Plague in India, 1896, 1897 - Volume 3
Year: 1896
Disease focus: Plague
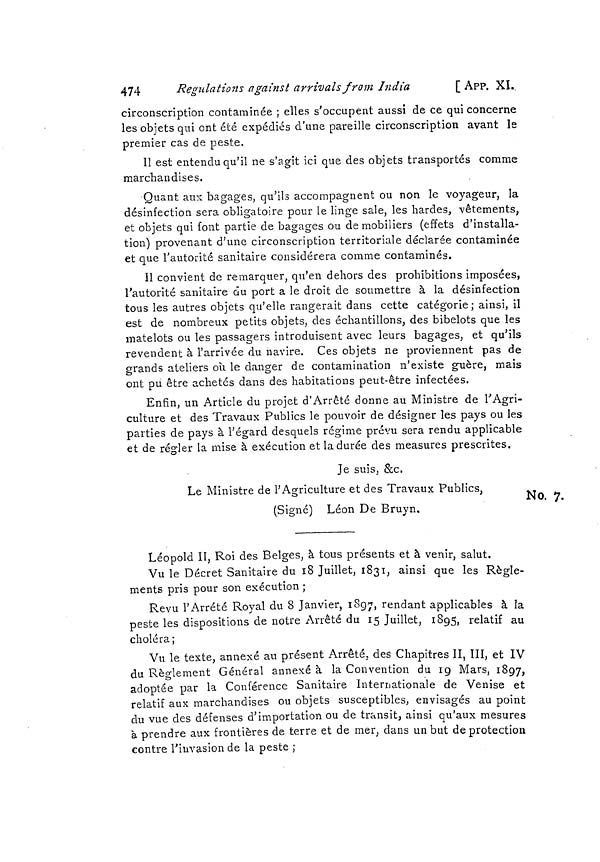
474
Regulations against arrivals from India
[ APP. XI.
circonscription contaminée ; elles s'occupent aussi de ce qui concerne
les objets qui ont été expédiés d'une pareille circonscription avant le
premier cas de peste.
Il est entendu qu'il ne s'agit ici que des objets transportés comme
marchandises.
Quant aux bagages, qu'ils accompagnent ou non le voyageur, la
désinfection sera obligatoire pour le linge sale, les bardes, vêtements,
et objets qui font partie de bagages ou de mobiliers (effets d'installa-
tion) provenant d'une circonscription territoriale déclarée contaminée
et que l'autorité sanitaire considérera comme contaminés.
Il convient de remarquer, qu'en dehors des prohibitions imposées,
l'autorité sanitaire du port a le droit de soumettre à la désinfection
tous les autres objets qu'elle rangerait dans cette catégorie; ainsi, il
est de nombreux petits objets, des échantillons, des bibelots que les
matelots ou les passagers introduisent avec leurs bagages, et qu'ils
revendent à l'arrivée du navire. Ces objets ne proviennent pas de
grands ateliers où le danger de contamination n'existe guère, mais
ont pu être achetés dans des habitations peut-être infectées.
Enfin, un Article du projet d'Arrêté donne au Ministre de l'Agri-
culture et des Travaux Publics le pouvoir de désigner les pays ou les
parties de pays à l'égard desquels régime prévu sera rendu applicable
et de régler la mise à exécution et la durée des measures prescrites.
No. 7.
Je suis, &c,
Le Ministre de l'Agriculture et des Travaux Publics,
(Signé) Léon De Bruyn.
Leopold II, Roi des Belges, à tous présents et à venir, salut.
Vu le Décret Sanitaire du 18 Juillet, 1831, ainsi que les Règle-
ments pris pour son exécution ;
Revu l'Arrêté Royal du 8 Janvier, 1897, rendant applicables à la
peste les dispositions de notre Arrêté du 15 Juillet, 1895, relatif au
choléra;
Vu le texte, annexé au présent Arrêté, des Chapitres II, III, et IV
du Règlement Général annexé à la Convention du 19 Mars, 1897,
adoptée par la Conférence Sanitaire Internationale de Venise et
relatif aux marchandises ou objets susceptibles, envisagés au point
du vue des défenses d'importation ou de transit, ainsi qu'aux mesures
à prendre aux frontières de terre et de mer, dans un but de protection
contre l'invasion de la peste ;